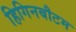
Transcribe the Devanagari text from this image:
हिगिनबौटम